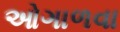
ઓગાળવા